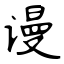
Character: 谩